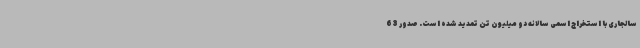
سالجاری با استخراج اسمی سالانه دو میلیون تن تمدید شده است. صدور 63